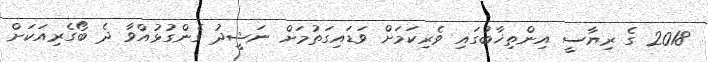
2018 ގެ ރިޔާސީ އިންތިޚާބުގައި ވެރިކަމަށް ވަޑައިގަތުމަށް ނަޝީދު ގެންގުޅުއްވާ ދެ ބޯގެރިއަކަށް